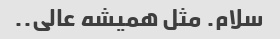
سلام. مثل همیشه عالی..